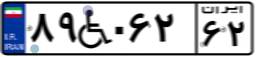
۸۹W۰۶۲۶۲